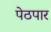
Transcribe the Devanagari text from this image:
पेठपार